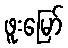
ဖူးမြော်